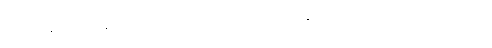
ယခင်ကဆိုလျှင် ကျွန်မသည် လူလားမြောက်ရန်အတွက် မိဘမောင်ဖွားများ၏ ပြုစုစောင့်ရှောက်မှုကို